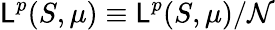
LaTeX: \mathsf{L}^{p}(S,\mu)\equiv{\mathcal{{\mathsf{L}}}}^{p}(S,\mu)/{\mathcal{{N}}}